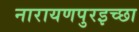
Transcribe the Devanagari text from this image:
नारायणपुरइच्छा